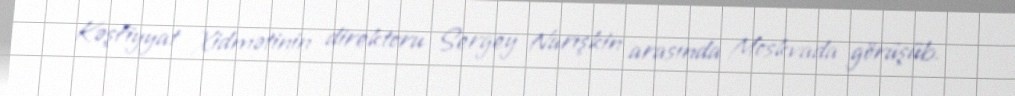
Kəşfiyyat Xidmətinin direktoru Sergey Narışkin arasında Moskvada görüşüb.